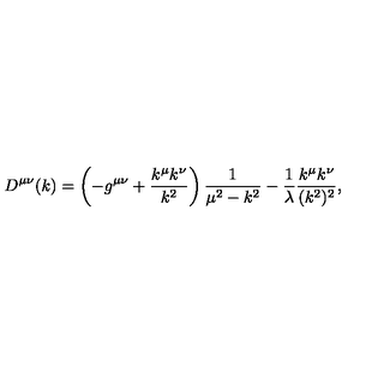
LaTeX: D ^ { \mu \nu } ( k ) = \left( - g ^ { \mu \nu } + \frac { k ^ { \mu } k ^ { \nu } } { k ^ { 2 } } \right) \frac { 1 } { \mu ^ { 2 } - k ^ { 2 } } - \frac { 1 } { \lambda } \frac { k ^ { \mu } k ^ { \nu } } { ( k ^ { 2 } ) ^ { 2 } } ,